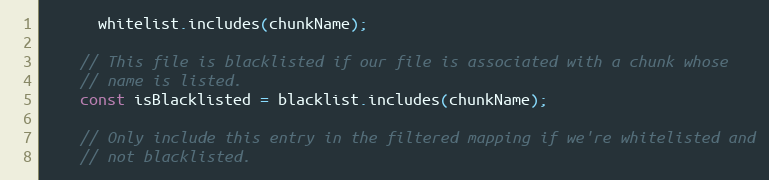
Language: JavaScript
      whitelist.includes(chunkName);

    // This file is blacklisted if our file is associated with a chunk whose
    // name is listed.
    const isBlacklisted = blacklist.includes(chunkName);

    // Only include this entry in the filtered mapping if we're whitelisted and
    // not blacklisted.